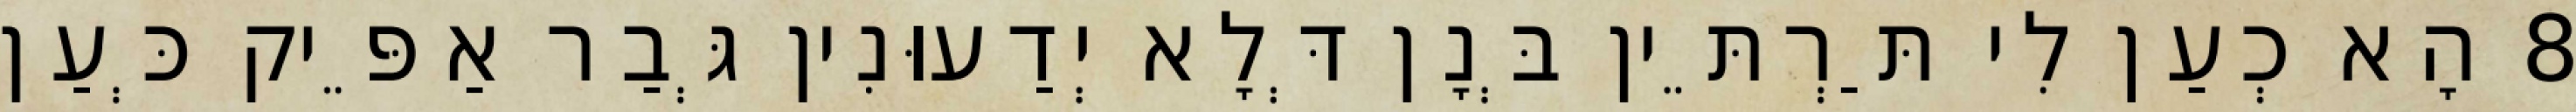
8 הָא כְעַן לִי תַּרְתֵּין בְּנָן דְּלָא יְדַעוּנִין גְּבַר אַפֵּיק כְּעַן